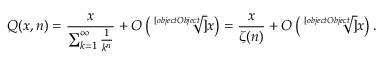
Q ( x , n ) = { \frac { x } { \sum _ { k = 1 } ^ { \infty } { \frac { 1 } { k ^ { n } } } } } + O \left( { \sqrt [ [object Object] ] { x } } \right) = { \frac { x } { \zeta ( n ) } } + O \left( { \sqrt [ [object Object] ] { x } } \right) .